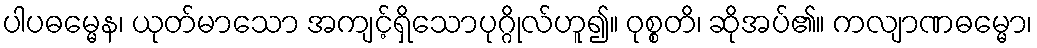
ပါပဓမ္မေန၊ ယုတ်မာသော အကျင့်ရှိသောပုဂ္ဂိုလ်ဟူ၍။ ဝုစ္စတိ၊ ဆိုအပ်၏။ ကလျာဏဓမ္မော၊